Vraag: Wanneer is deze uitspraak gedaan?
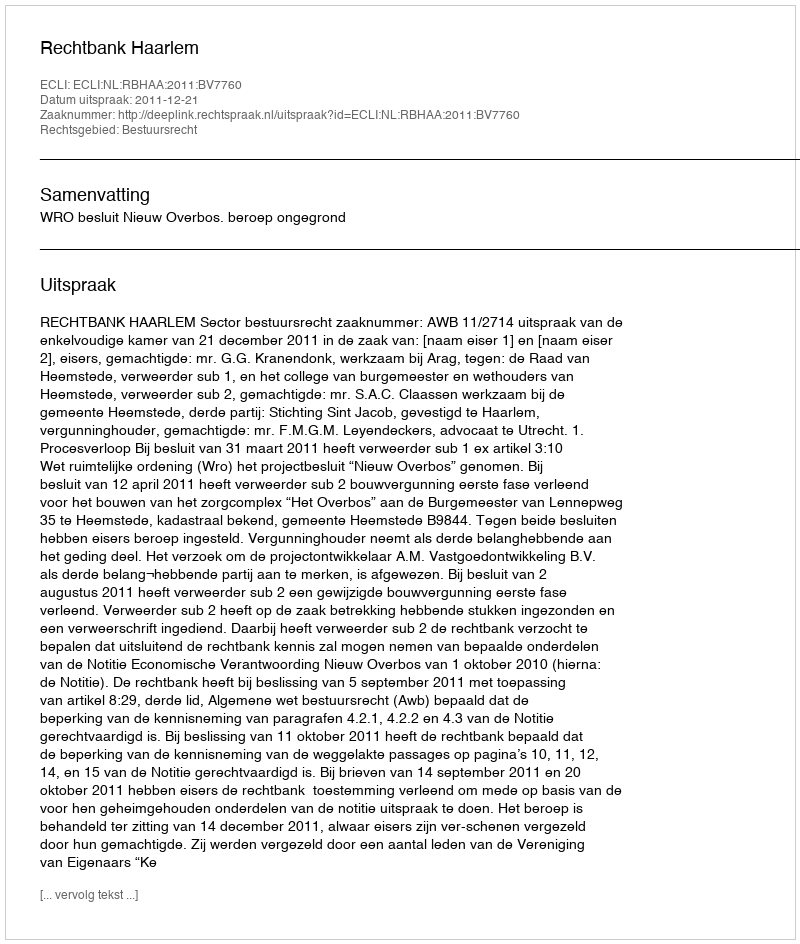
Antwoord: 2011-12-21